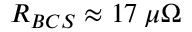
R _ { B C S } \approx 1 7 \: \mu \Omega